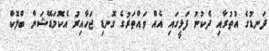
ދަނޑުގެ އުތުރާއި ދެކުނު ފަޅީގައި އެއް ވައްތަރުގެ ގޮނޑި ޖަހާއިރު އެކޮމަޑޭޝަން ބްލޮކް